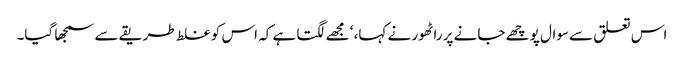
اس تعلق سے سوال پوچھے جانے پر راٹھور نے کہا، ‘ مجھے لگتا ہے کہ اس کو غلط طریقے سے سمجھا گیا۔